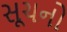
સૂચનો